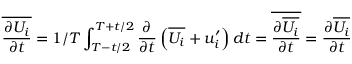
\overline { { \frac { \partial U _ { i } } { \partial t } } } = { 1 / T } \int _ { T - t / 2 } ^ { T + t / 2 } { \frac { \partial } { \partial t } } \left( \overline { { U _ { i } } } + u _ { i } ^ { \prime } \right) d t = \overline { { \frac { \partial \overline { { U _ { i } } } } { \partial t } } } = { \frac { \partial \overline { { U _ { i } } } } { \partial t } }